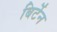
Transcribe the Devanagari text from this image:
बिर्टेन